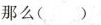
那么( )